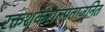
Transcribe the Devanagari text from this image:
रक्तशर्कराल्पताजनित